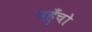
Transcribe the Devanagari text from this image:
पहुँचो